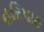
હરિપાઠ